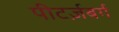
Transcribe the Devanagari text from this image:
पीटर्ज़बर्ग